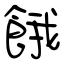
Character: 餓